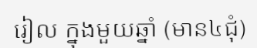
រៀល ក្នុងមួយឆ្នាំ (មាន៤ជុំ)